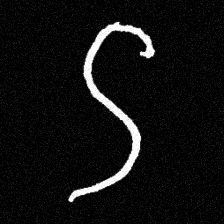
Pyu character \u2014 Myanmar letter: ဌ (romanized: ttha)